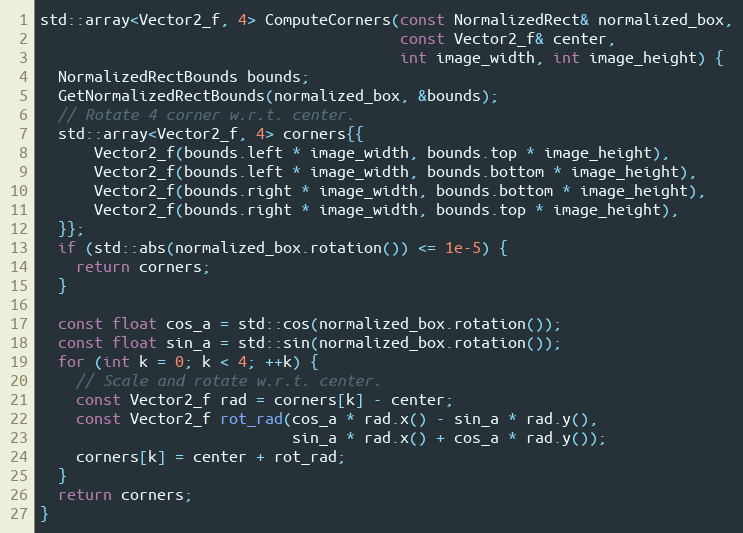
Language: C++
std::array<Vector2_f, 4> ComputeCorners(const NormalizedRect& normalized_box,
                                        const Vector2_f& center,
                                        int image_width, int image_height) {
  NormalizedRectBounds bounds;
  GetNormalizedRectBounds(normalized_box, &bounds);
  // Rotate 4 corner w.r.t. center.
  std::array<Vector2_f, 4> corners{{
      Vector2_f(bounds.left * image_width, bounds.top * image_height),
      Vector2_f(bounds.left * image_width, bounds.bottom * image_height),
      Vector2_f(bounds.right * image_width, bounds.bottom * image_height),
      Vector2_f(bounds.right * image_width, bounds.top * image_height),
  }};
  if (std::abs(normalized_box.rotation()) <= 1e-5) {
    return corners;
  }

  const float cos_a = std::cos(normalized_box.rotation());
  const float sin_a = std::sin(normalized_box.rotation());
  for (int k = 0; k < 4; ++k) {
    // Scale and rotate w.r.t. center.
    const Vector2_f rad = corners[k] - center;
    const Vector2_f rot_rad(cos_a * rad.x() - sin_a * rad.y(),
                            sin_a * rad.x() + cos_a * rad.y());
    corners[k] = center + rot_rad;
  }
  return corners;
}